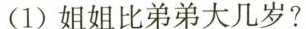
(1)姐姐比弟弟大几岁?